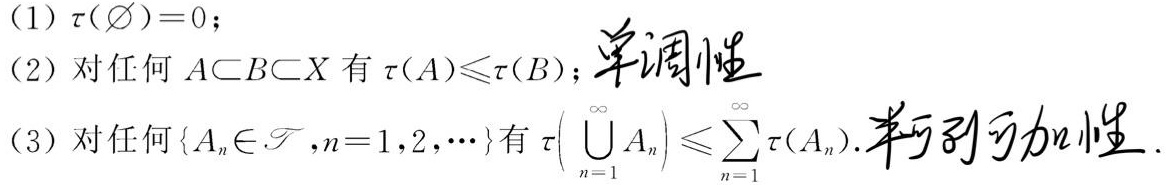
(1) $\tau(\varnothing)=0$;
(2) 对任何 $A\subset B\subset X$ 有 $\tau(A)\leqslant\tau(B)$; 单调性
(3) 对任何 $\{A_n\in\mathscr{T},n = 1,2,\cdots\}$ 有 $\tau\left(\bigcup_{n = 1}^{\infty}A_n\right)\leqslant\sum_{n = 1}^{\infty}\tau(A_n)$. 半可列可加性.